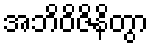
အဘိဝိဇိနိတွာ